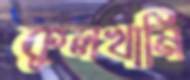
কুলখানি